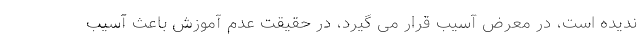
ندیده است، در معرض آسیب قرار می گیرد، در حقیقت عدم آموزش باعث آسیب